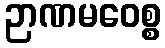
ဉာဏမဝေစ္စ